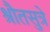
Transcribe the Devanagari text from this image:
श्रौतसुत्रे